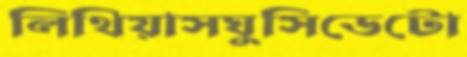
লিথিয়াসঘুসিডেটো